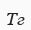
Тг